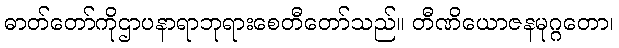
ဓာတ်တော်ကိုဌာပနာရာဘုရားစေတီတော်သည်။ တီဏိယောဇနမုဂ္ဂတော၊